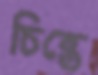
চিন্তে